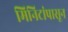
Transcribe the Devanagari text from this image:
मिनिटांपासून